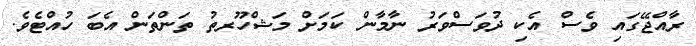
ރާއްޖޭގައި ވެސް އެކި ދުވަސްވަރު ނާމާން ކަމަށް މަޝްހޫރތު ތަންތަން އެބަ ހުއްޓެވެ.